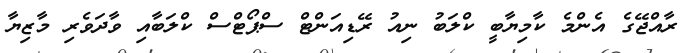
ރާއްޖޭގެ އެންމެ ކާމިޔާބީ ކްލަބު ނިއު ރޭޑިއަންޓް ސްޕޯޓްސް ކްލަބާއި ވާދަވެރި މާޒިޔާ